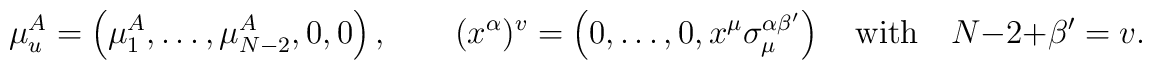
\mu^A_u= \left( \mu^A_1 , \dots , \mu^A_{N - 2} , 0 , 0 \right) , \qquad(x^\alpha)^v= \left( 0 , \dots , 0 , x^\mu \sigma_\mu^{\alpha\beta'} \right)\quad\mbox{with}\quad N - 2 + \beta' = v .